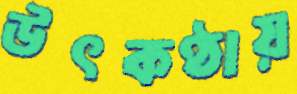
উৎকণ্ঠায়